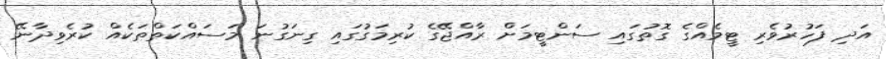
އަދި ފަހުރުވެރި ޓީމެއްގެ ގޮތުގައި ސަންޓީމަށް ރާއްޖޭގެ ކުރިމަގުގައި ގިނަގުނަ މަސައްކަތްތަކެއް ކުރެވިދާނޭ